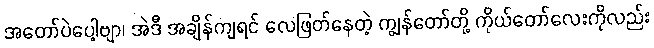
အတော်ပဲပေါ့ဗျာ၊ အဲဒီ အချိန်ကျရင် လေဖြတ်နေတဲ့ ကျွန်တော်တို့ ကိုယ်တော်လေးကိုလည်း